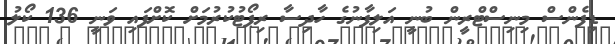
ޑިފެންސް މިނިސްޓްރީން ބުނީ އަލިފާނުގެ ހާދިސާ ރިޕޯޓުކުރުމަށް ކޮށްފައި ވަނީ 136 ކޯލު